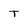
Character: T